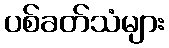
ပစ်ခတ်သံများ